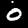
Digit: 0